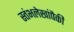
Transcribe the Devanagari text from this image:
स्तंभलेखांपैकी